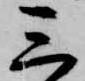
三